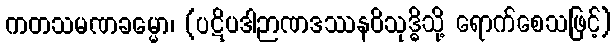
ကတသမဏခမ္မော၊ (ပဋိပဒါဉာဏဒဿနဝိသုဒ္ဓိသို့ ရောက်စေသဖြင့်)